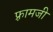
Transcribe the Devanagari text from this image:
फ़्रामजी